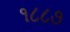
૧૮૮૭